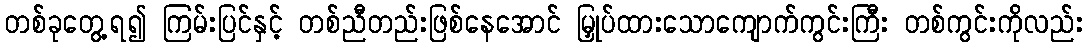
တစ်ခုတွေ့ရ၍ ကြမ်းပြင်နှင့် တစ်ညီတည်းဖြစ်နေအောင် မြှုပ်ထားသောကျောက်ကွင်းကြီး တစ်ကွင်းကိုလည်း